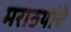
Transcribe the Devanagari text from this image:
मराठयांचे